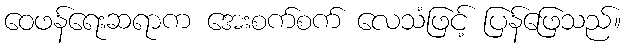
ဝေဖန်ရေးဆရာက အေးစက်စက် လေသံဖြင့် ပြန်ဖြေသည်။